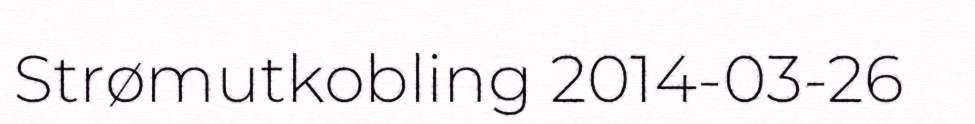
Strømutkobling 2014-03-26